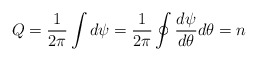
\begin{align*}Q=\frac{1}{2\pi} \int d\psi =\frac{1}{2\pi } \oint \frac{d\psi }{d\theta } d\theta=n\end{align*}